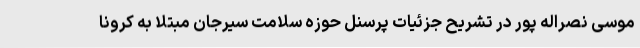
موسی نصراله پور در تشریح جزئیات پرسنل حوزه سلامت سیرجان مبتلا به کرونا